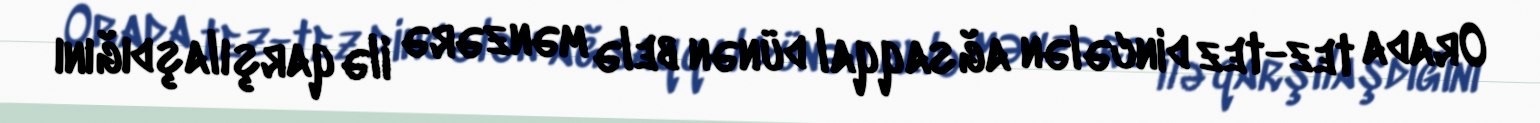
Orada tez-tez dincələn ağsaqqal dünən belə mənzərə ilə qarşılaşdığını